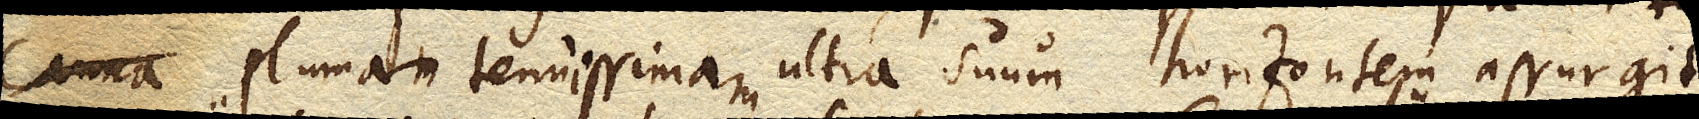
canna plumam tenuissimam ultra suum horizontem assurgit,